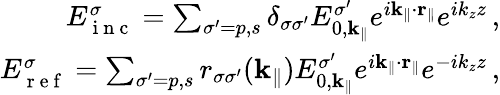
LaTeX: \begin{array}{r}{E_{\mathrm{~i~n~c~}}^{\sigma}=\sum_{\sigma^{\prime}=p,s}\delta_{\sigma\sigma^{\prime}}E_{0,\mathbf{k}_{\| }}^{\sigma^{\prime}}e^{i\mathbf{k}_{\| }\cdot\mathbf{r}_{\| }}e^{ik_{z}z}\, ,}\\ {E_{\mathrm{~r~e~f~}}^{\sigma}=\sum_{\sigma^{\prime}=p,s}r_{\sigma\sigma^{\prime}}(\mathbf{k}_{\| })E_{0,\mathbf{k}_{\| }}^{\sigma^{\prime}}e^{i\mathbf{k}_{\| }\cdot\mathbf{r}_{\| }}e^{-ik_{z}z}\, ,}\end{array}